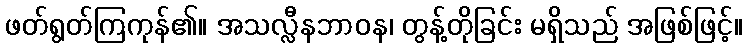
ဖတ်ရွတ်ကြကုန်၏။ အသလ္လီနဘာဝန၊ တွန့်တိုခြင်း မရှိသည် အဖြစ်ဖြင့်။